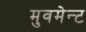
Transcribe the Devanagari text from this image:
मुवमेन्ट